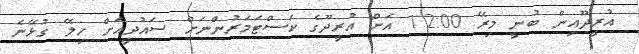
އުރީދޫއިން ބުނީ މިރޭ 12:00 އަށް އުރީދޫގެ ކަސްޓަމަރުންނަށް ސައުދީއަށް ހިލޭ ގުޅޭނެ